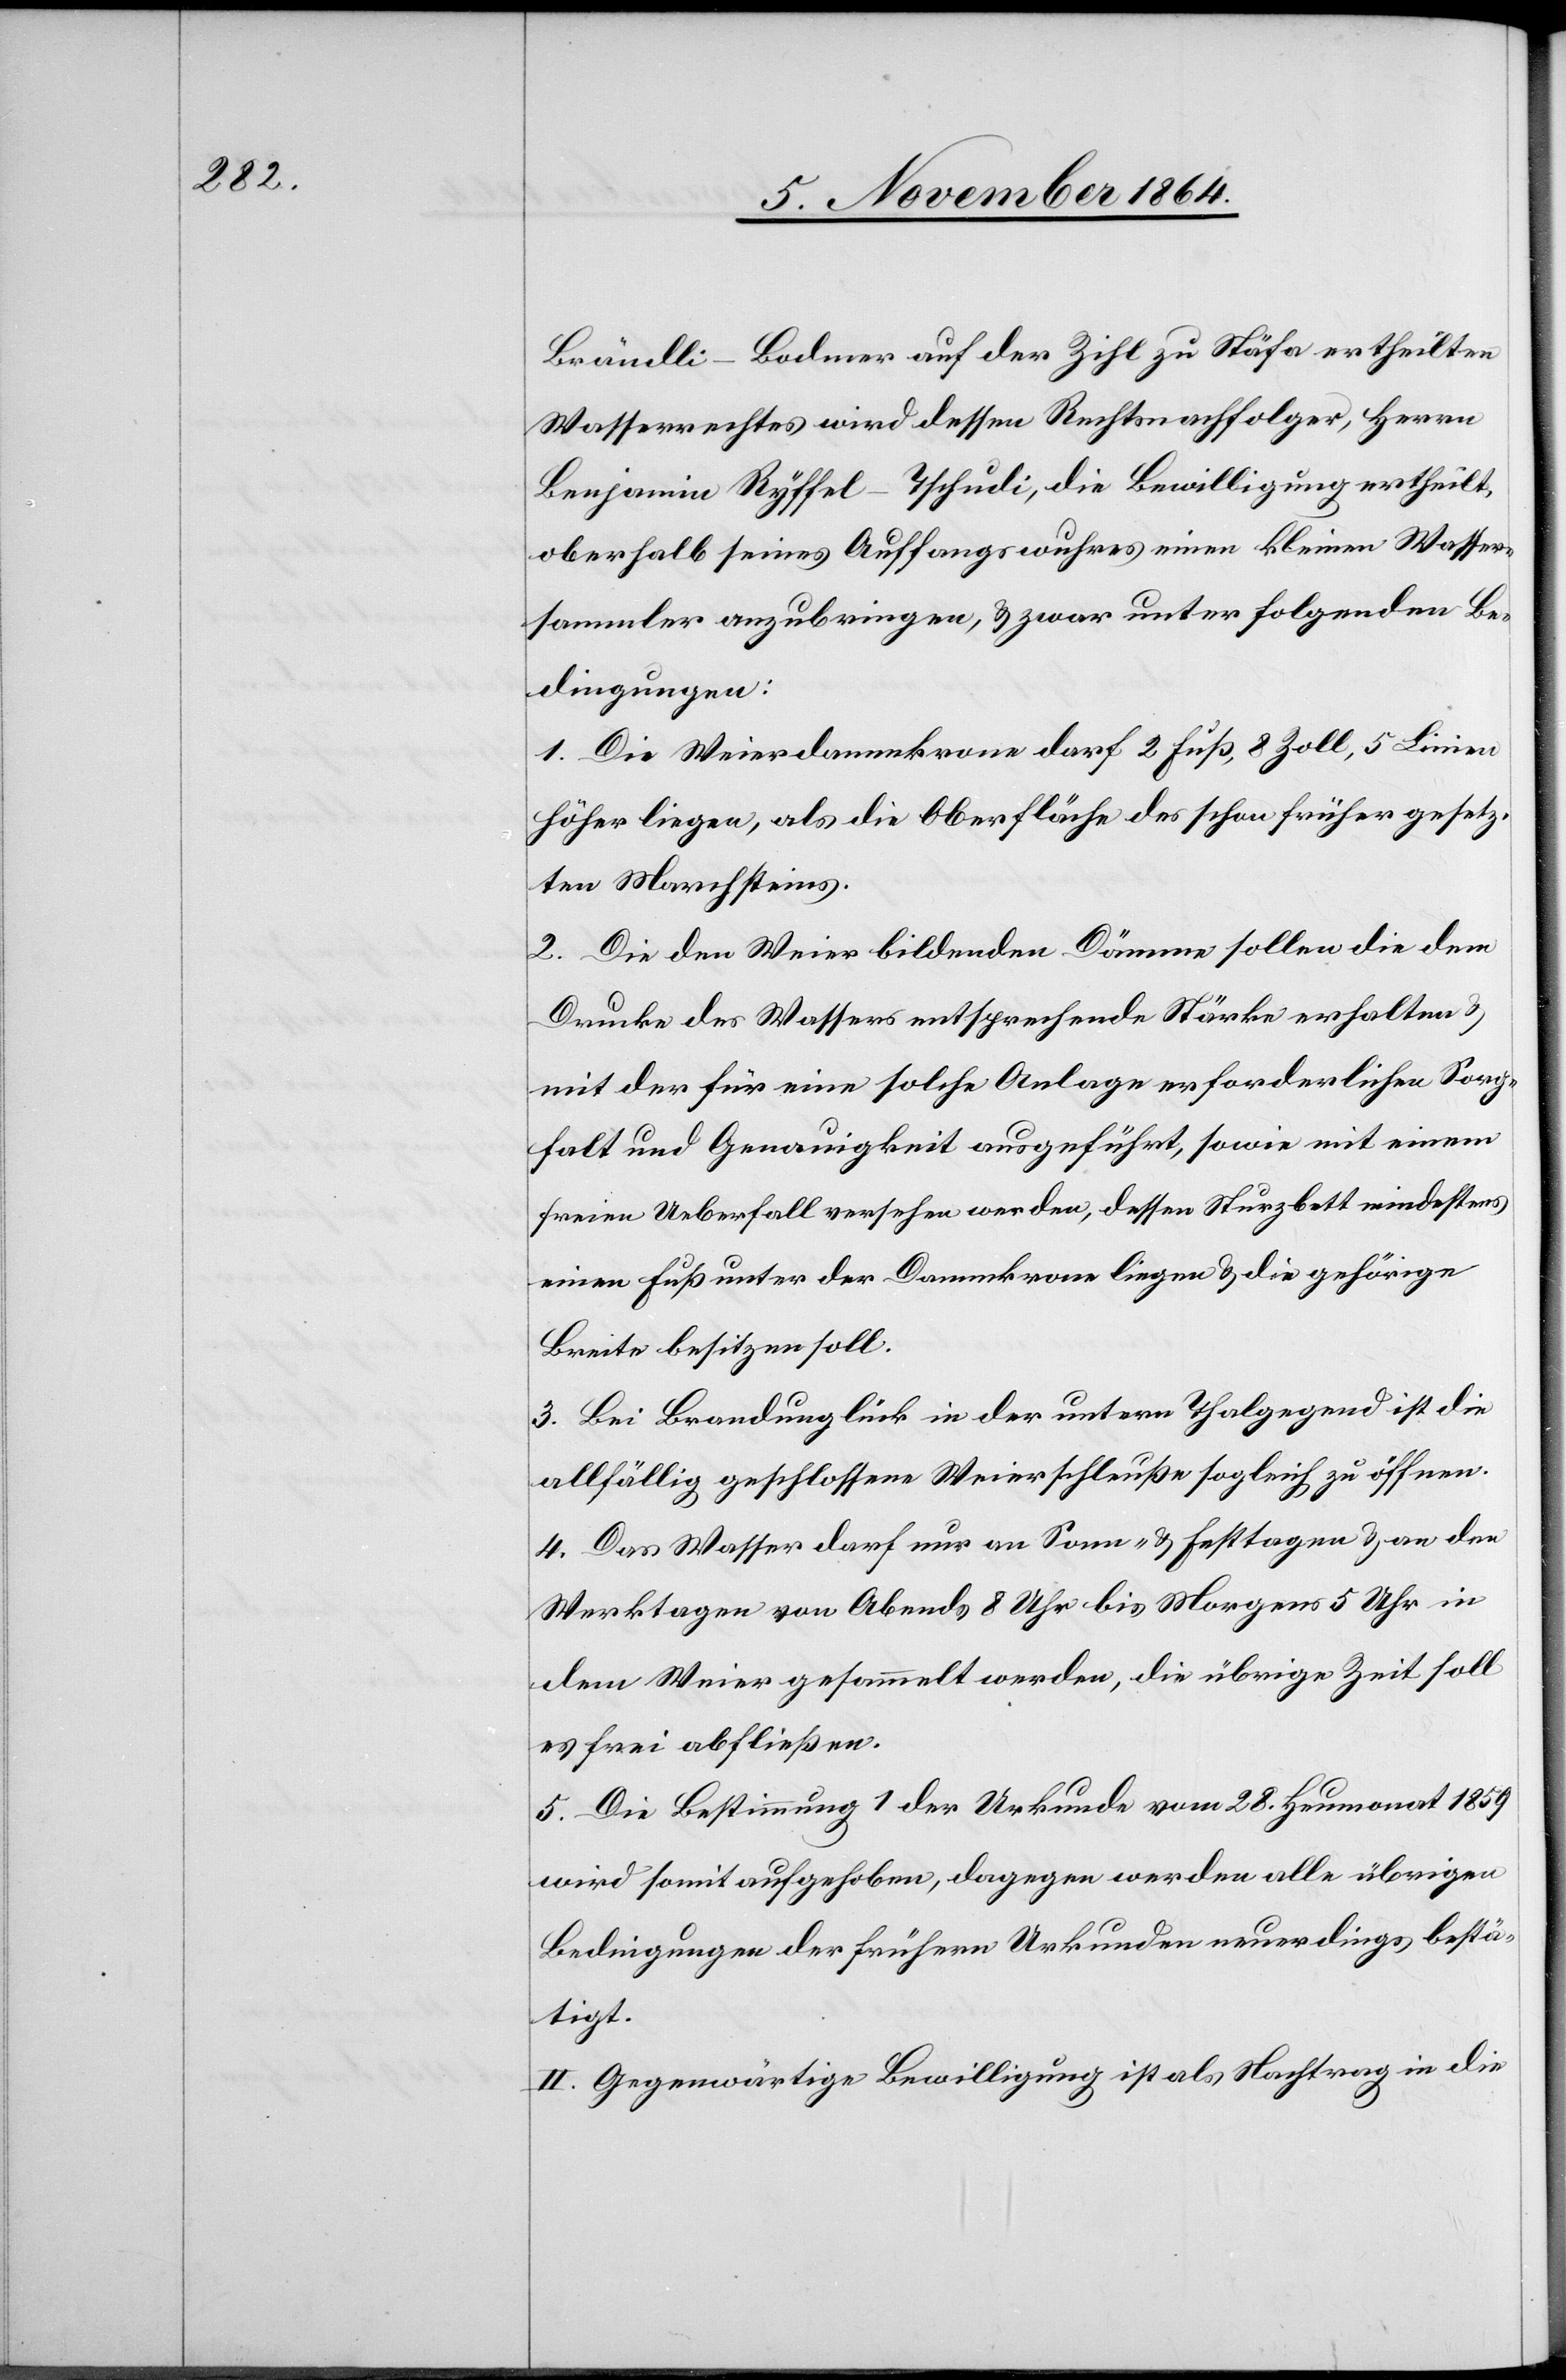
Brändli-Bodmer auf der Zihl zu Stäfa ertheilten
Wasserrechtes wird dessen Rechtsnachfolger, Herrn
Benjamin Ryffel-Tschudi, die Bewilligung ertheilt,
oberhalb seines Auffangwuhres einen kleinen Wasser¬
sammler anzubringen & zwar unter folgenden Be¬
dingungen:
1. Die Weierdammkrone darf 2 Fuß, 8 Zoll, 5 Linien
höher liegen, als die Oberfläche des schon früher gesetz¬
ten Marchsteines.
2. Die den Weier bildenden Dämme sollen die dem
Drucke des Wassers entsprechende Stärke erhalten &
mit der für eine solche Anlage erforderlichen Sorg¬
falt und Genauigkeit ausgeführt, sowie mit einem
freien Ueberfall versehen werden, dessen Sturzbett mindestens
einen Fuß unter der Dammkrone liegen & die gehörige
Breite besitzen soll.
3. Bei Brandunglück in der untern Thalgegend ist die
allfällig geschlossene Weierschleuße sogleich zu öffnen.
4. Das Wasser darf nur an Sonn- & Festtagen & an den
Werktagen von Abends 8 Uhr bis Morgens 5 Uhr in
dem Weier gesammelt werden, die übrige Zeit soll
es frei abfließen.
5. Die Bestimmung 1 der Urkunde vom 28. Heumonat 1859
wird somit aufgehoben, dagegen werden alle übrigen
Bedingungen der frühern Urkunden neuerdings bestä¬
tigt.
II. Gegenwärtige Bewilligung ist als Nachtrag in die